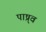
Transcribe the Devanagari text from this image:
पाष्र्व